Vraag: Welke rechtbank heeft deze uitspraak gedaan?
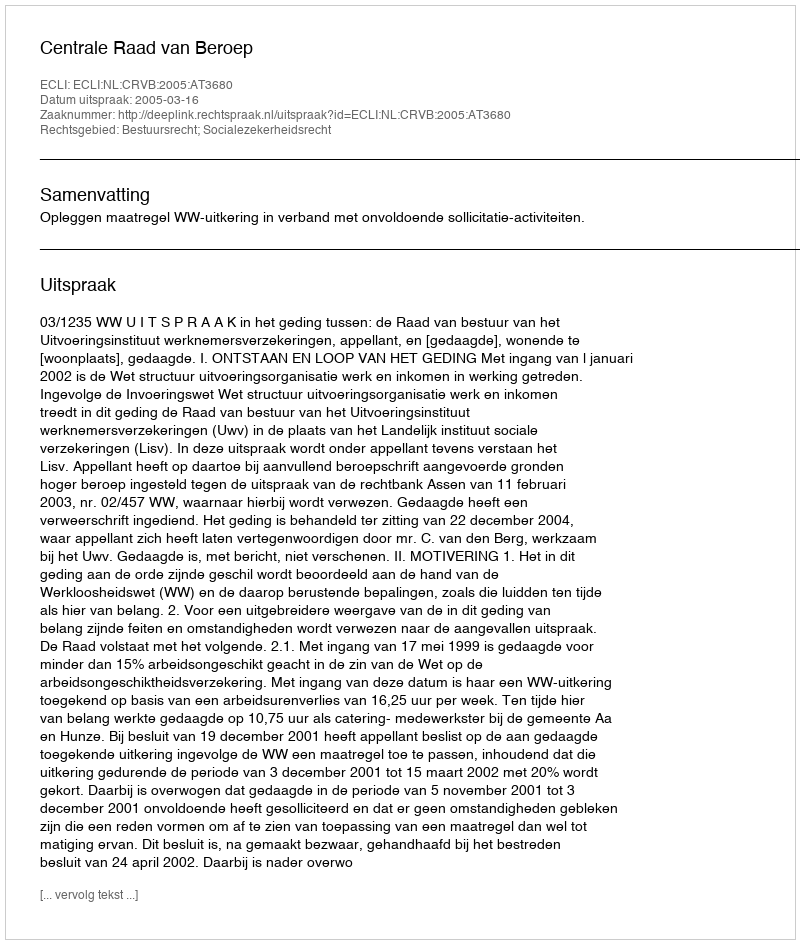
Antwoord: Centrale Raad van Beroep